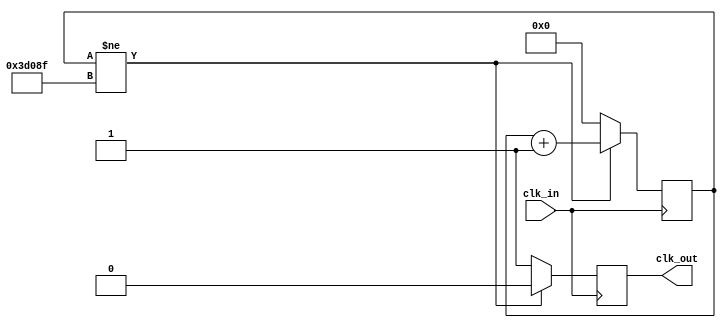
`timescale 1ns / 1ps

module Slow_Clock_100Hz(
    input clk_in, 
    output reg clk_out 
    );
    
    reg[20:0] period_count = 0;
    
    always @(posedge clk_in)
        if(period_count != 250000 - 1) 
            begin
                period_count <= period_count + 1; 
                clk_out <=0; 
            end
        else
            begin
                period_count <=0;
                clk_out <= 1; 
            end
    endmodule